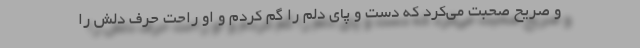
و صریح صحبت می‌کرد که دست و پای دلم را گم کردم و او راحت حرف دلش را